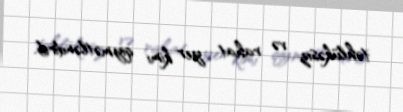
təhlükəsiz və rahat yer kimi qiymətləndirib.